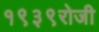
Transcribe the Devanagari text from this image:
१९३९रोजी